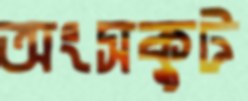
অংসকুট